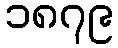
၁၈၇၉